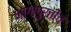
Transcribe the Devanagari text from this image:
भागांपुरतीच